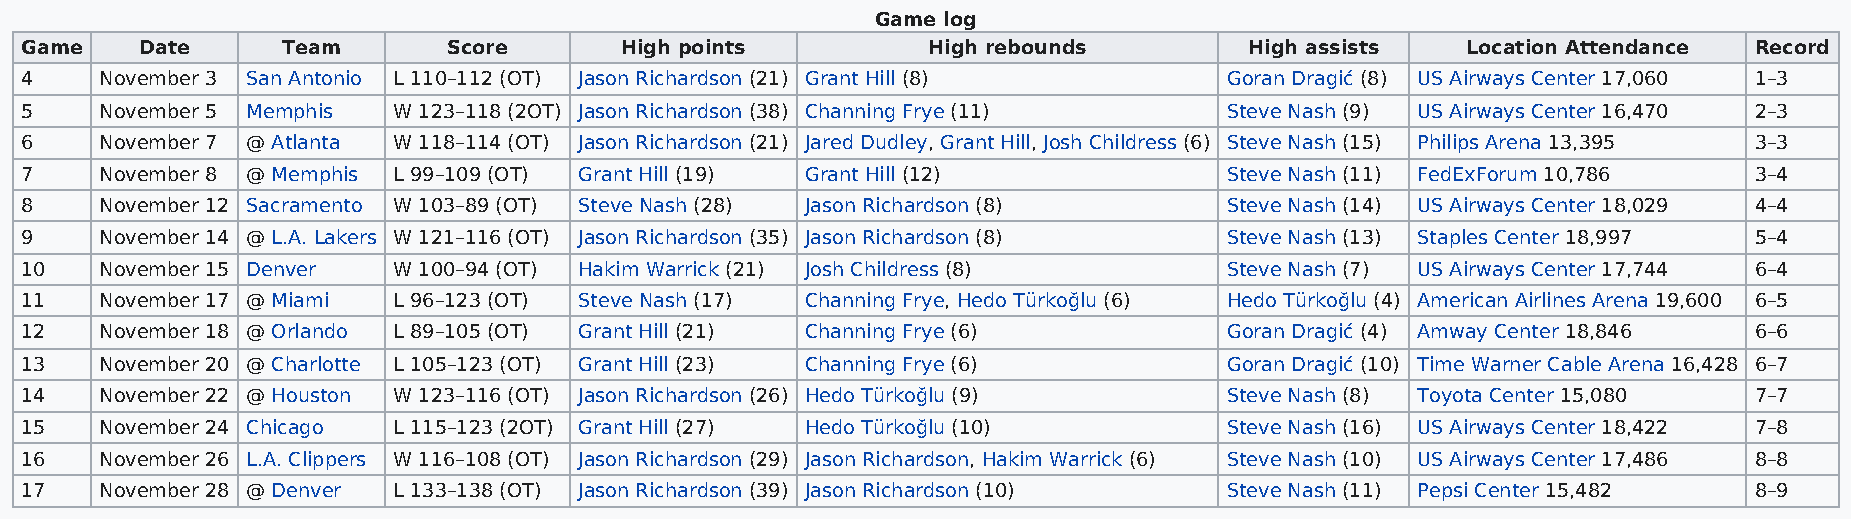
Game log
 Game    Date      Team       Score      High points         High rebounds         High assists  Location Attendance Record
 4     November 3 San Antonio L 110–112 (OT) Jason Richardson (21) Grant Hill (8) Goran Dragić (8) US Airways Center 17,060 1–3
 5     November 5 Memphis W 123–118 (2OT) Jason Richardson (38) Channing Frye (11) Steve Nash (9) US Airways Center 16,470 2–3
 6     November 7 @ Atlanta W 118–114 (OT) Jason Richardson (21) Jared Dudley, Grant Hill, Josh Childress (6) Steve Nash (15) Philips Arena 13,395 3–3
 7     November 8 @ Memphis L 99–109 (OT) Grant Hill (19) Grant Hill (12)        Steve Nash (11) FedExForum 10,786  3–4
 8     November 12 Sacramento W 103–89 (OT) Steve Nash (28) Jason Richardson (8) Steve Nash (14) US Airways Center 18,029 4–4
 9     November 14 @ L.A. Lakers W 121–116 (OT) Jason Richardson (35) Jason Richardson (8) Steve Nash (13) Staples Center 18,997 5–4
 10    November 15 Denver W 100–94 (OT) Hakim Warrick (21) Josh Childress (8)    Steve Nash (7) US Airways Center 17,744 6–4
 11    November 17 @ Miami L 96–123 (OT) Steve Nash (17) Channing Frye, Hedo Türkoğlu (6) Hedo Türkoğlu (4) American Airlines Arena 19,600 6–5
 12    November 18 @ Orlando L 89–105 (OT) Grant Hill (21) Channing Frye (6)     Goran Dragić (4) Amway Center 18,846 6–6
 13    November 20 @ Charlotte L 105–123 (OT) Grant Hill (23) Channing Frye (6)  Goran Dragić (10) Time Warner Cable Arena 16,428 6–7
 14    November 22 @ Houston W 123–116 (OT) Jason Richardson (26) Hedo Türkoğlu (9) Steve Nash (8) Toyota Center 15,080 7–7
 15    November 24 Chicago L 115–123 (2OT) Grant Hill (27) Hedo Türkoğlu (10)    Steve Nash (16) US Airways Center 18,422 7–8
 16    November 26 L.A. Clippers W 116–108 (OT) Jason Richardson (29) Jason Richardson, Hakim Warrick (6) Steve Nash (10) US Airways Center 17,486 8–8
 17    November 28 @ Denver L 133–138 (OT) Jason Richardson (39) Jason Richardson (10) Steve Nash (11) Pepsi Center 15,482 8–9